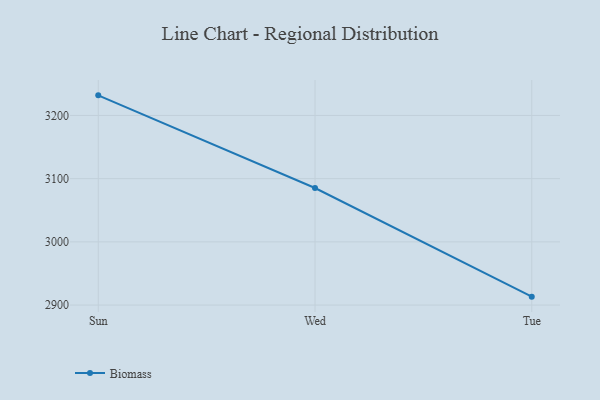
{"axis": {"x": "Day", "y": "Operating Costs (USD K)"}, "legend": ["Biomass"], "data": [{"x": "Sun", "y": 3231.8, "type": "Biomass"}, {"x": "Wed", "y": 3085.2, "type": "Biomass"}, {"x": "Tue", "y": 2913.3, "type": "Biomass"}]}